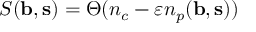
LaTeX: S ( { \bf b } , { \bf s } ) = \Theta ( n _ { c } - \varepsilon n _ { p } ( { \bf b } , { \bf s } ) )